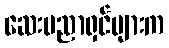
ဆေးပညာရှင်များက